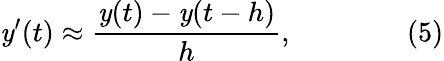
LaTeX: \mathit{y}^{\prime}(t)\approx{\frac{{\mathit{y}(t)-\mathit{y}(t-h)}}{{h}}},\qquad\qquad(5)